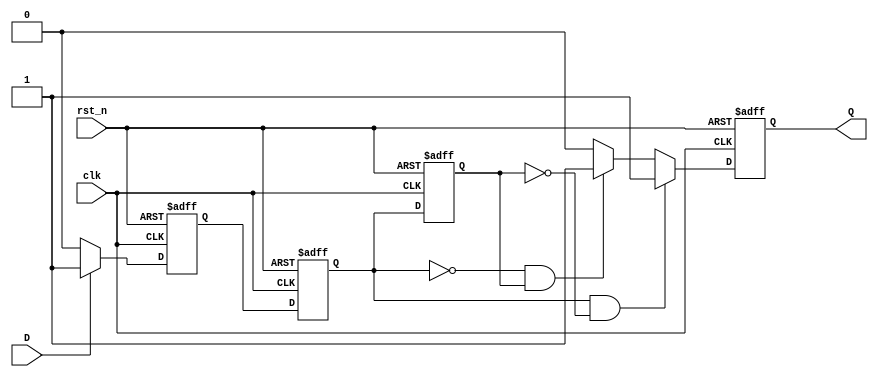
module SchmittTriggerEdgeDetector (
    input wire clk,          // Clock signal
    input wire rst_n,       // Active low reset
    input wire D,           // Input signal (noisy)
    output reg Q            // Output signal (edge detected)
);

    // Parameters for Schmitt Trigger thresholds
    parameter HIGH_THRESHOLD = 1'b1;  // Define the high threshold
    parameter LOW_THRESHOLD = 1'b0;    // Define the low threshold

    // Internal signals
    reg D_clean;                  // Cleaned signal from Schmitt Trigger
    reg D_prev;                   // Previous state of D_clean
    reg D_curr;                   // Current state of D_clean

    // Schmitt Trigger Logic
    always @(posedge clk or negedge rst_n) begin
        if (!rst_n) begin
            D_clean <= 1'b0;      // Reset the cleaned signal
        end else begin
            // Simple Schmitt Trigger behavior
            if (D == HIGH_THRESHOLD) begin
                D_clean <= 1'b1;  // Set high if input is high
            end else if (D == LOW_THRESHOLD) begin
                D_clean <= 1'b0;   // Set low if input is low
            end
        end
    end

    // Flip-Flops to store current and previous states
    always @(posedge clk or negedge rst_n) begin
        if (!rst_n) begin
            D_prev <= 1'b0;       // Reset previous state
            D_curr <= 1'b0;      // Reset current state
            Q <= 1'b0;            // Reset output
        end else begin
            D_prev <= D_curr;     // Update previous state
            D_curr <= D_clean;    // Update current state

            // Edge Detection Logic
            if (D_curr && !D_prev) begin
                Q <= 1'b1;         // Rising edge detected
            end else if (!D_curr && D_prev) begin
                Q <= 1'b1;         // Falling edge detected
            end else begin
                Q <= 1'b0;         // No edge detected
            end
        end
    end

endmodule